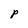
Character: p